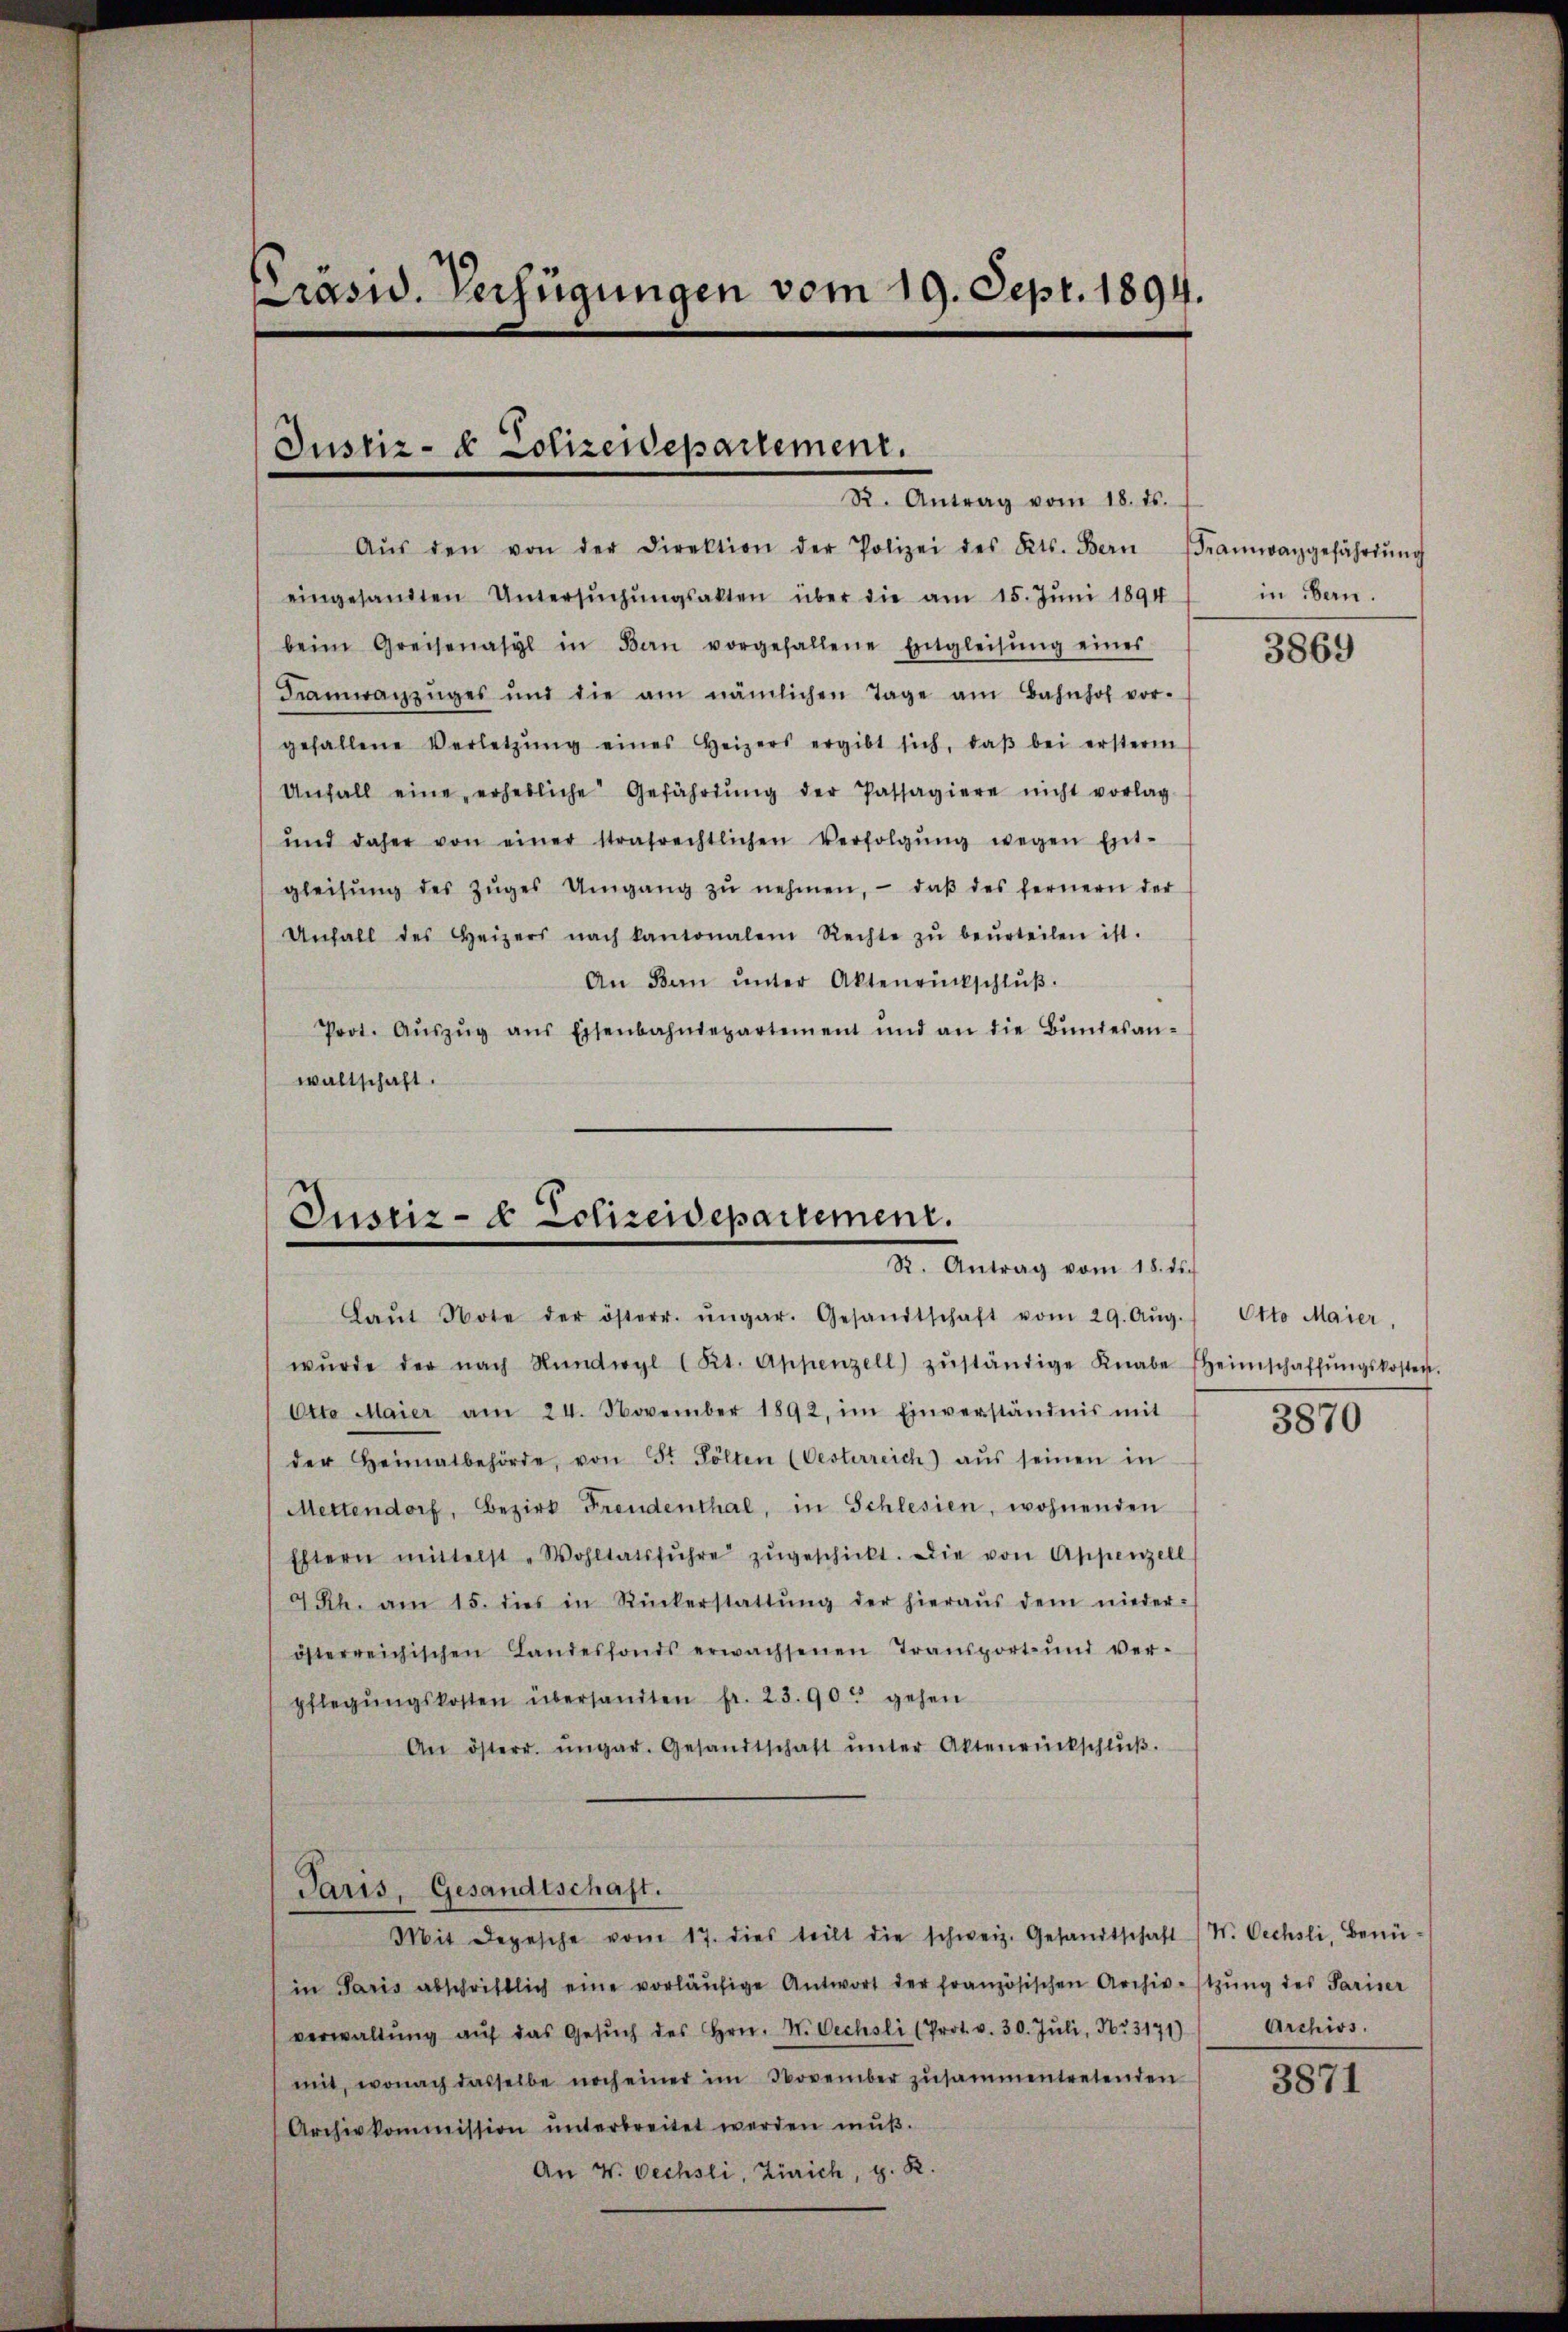
Präsid. Verfügungen vom 19. Sept. 1894.

Justiz- & Polizeidepartement.
R. Antrag vom 18. ds.

Aŭs den von der Direktion der Polizei des Kts. Bern (Framwarzgefährdŭng
eingesandten Untersŭchŭngsakten über die am 15. Juni 1894
beim Greisenasyl in Bau vorgefallene Entgleisŭng einer
Fiamwanzŭges und die am nämlichen Tage am Bahnhof vor-
gefallene Verletzŭng eines Heizers ergibt sich, daβ bei ersterm
Unfall eine erhebliche Gefährdŭng der Passagiere nicht vorlag
und daher von einer strafrechtlichen Verfolgŭng wegen Ent-
gleichŭng des Zŭges Umgang zŭ nehmen, daβ des fernern der
Unfall des Heizers nach kantonalem Rechte zŭ beŭrteilen ist.
An Bon ŭnter Aktenrückschlŭβ
Prot. Aŭszŭg aŭs Eisenbahndepartement und an die Bŭndesan-
waltschaft.

Justiz- & Polizeidepartement.
S. Antrag vom 12ten

Laŭt Note der österr. ŭngar. Gesandtschaft vom 29. Aŭg.
wŭrde der nach Nünwyl Kt. Appenzell) zŭständige Knabe Heimschaffŭngskosten.
Otto Maier am 24. November 1892, im Einverständnis mit
der Heimatbehörde, von St. Pölten (Oesterreich aŭs seinen in
Mettendorf, Bezirk Freudenthal, in Schlesien, wohnenden
Eltern mittelst Wohltatsführe zŭgeschickt. Die von Appenzell
4 Rh. am 15. dies in Rückerstattŭng der hieraŭs dem nieder-
österreichischen Landesfonds erwachsenen Transport und ver-
pflegŭngskosten übersandten fr. 23.90 gehen
An österr. ungar. Gesandtschaft ŭnter Aktenrückschlŭβ.
Paris, Gesandtschaft.
Mit Depesche vom 17. dies teilt die schweiz. Gesandtschaft (N. Oechsli, Benü-
in Paris abschriftlich eine vorläŭfige Antwort der französischen Archiv-stzŭng des Pariser
verwaltŭng aŭf das Gesŭch des Hrn. N. Oechsli (Prot. v. 30. Jŭli, No. 3171) Archivs.
mit, wonach dasselbe noch einer im November zusammentretenden
Archivkommission ŭnterbreitet werden mŭβ.
An V. Oechsli, Zürich, z. R.

in Bern.

3869

Otto Maier,
3870

3871